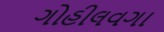
ગોહીલવગા